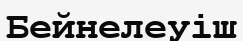
Бейнелеуіш